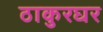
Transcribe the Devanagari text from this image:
ठाकुरघर